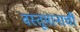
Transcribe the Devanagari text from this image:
वस्तूमानाची